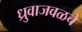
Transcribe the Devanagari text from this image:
ध्रुवाजवळचे